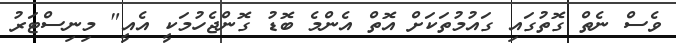
ވެސް ނެތް ގޮތުގައި ގައުމުތަކަށް އޮތް އެންމެ ބޮޑު ގޮންޖެހުމަކީ އެއީ" މިނިސްޓަރު